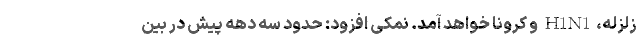
زلزله،H1N1 و کرونا خواهد آمد. نمکی افزود: حدود سه دهه پیش در بین